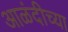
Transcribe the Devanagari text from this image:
आळंदीच्या